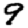
Digit: 9